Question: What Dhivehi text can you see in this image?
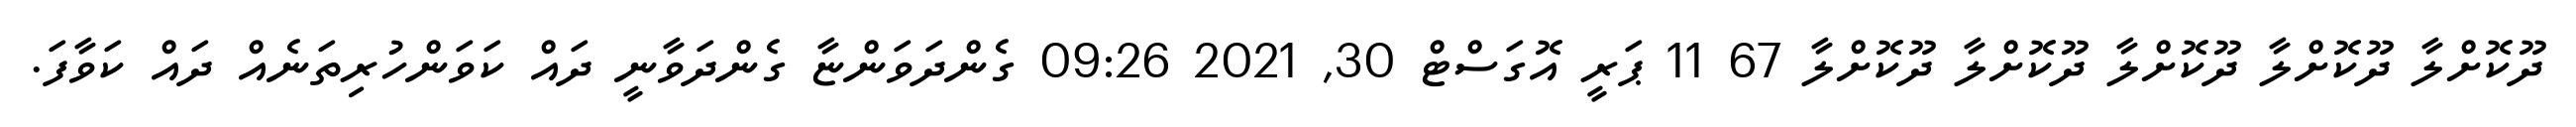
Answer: ދޫކޮށްލާ ދޫކޮށްލާ ދޫކޮށްލާ ދޫކޮށްލާ ދޫކޮށްލާ 67 11 ޕަރީ އޮގަސްޓް 30, 2021 09:26 ގެންދަވަންޏާ ގެންދަވާނީ ދައް ކަވަންހުރިތަނެއް ދައް ކަވާފަ.